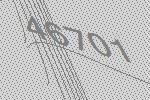
46701